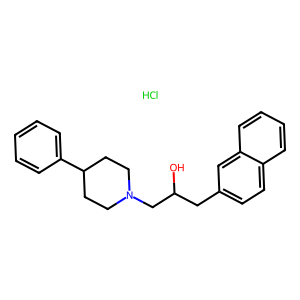
SMILES: Cl.OC(Cc1ccc2ccccc2c1)CN1CCC(c2ccccc2)CC1
Inhibits HIV replication: No